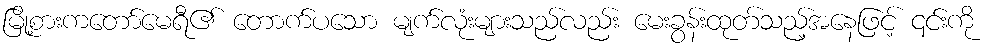
မြို့စားကတော်မေရီ၏ တောက်ပသော မျက်လုံးများသည်လည်း မေးခွန်းထုတ်သည့်အနေဖြင့် ၎င်းကို